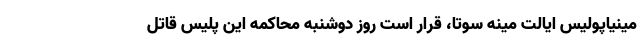
مینیاپولیس ایالت مینه سوتا، قرار است روز دوشنبه محاکمه این پلیس قاتل